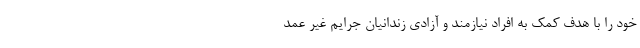
خود را با هدف کمک به افراد نیازمند و آزادی زندانیان جرایم غیر عمد